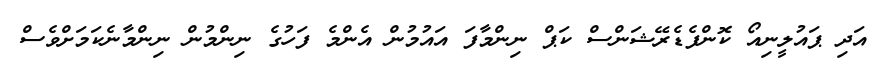
އަދި ޕައުލީނިއޯ ކޮންފެޑެރޭޝަންސް ކަޕް ނިންމާފަ އައުމުން އެންމެ ފަހުގެ ނިންމުން ނިންމާނެކަމަށްވެސް